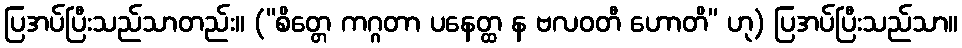
ပြအပ်ပြီးသည်သာတည်း။ (“စိတ္တေ ကဂ္ဂတာ ပနေတ္ထ န ဗလဝတီ ဟောတိ” ဟု) ပြအပ်ပြီးသည်သာ။